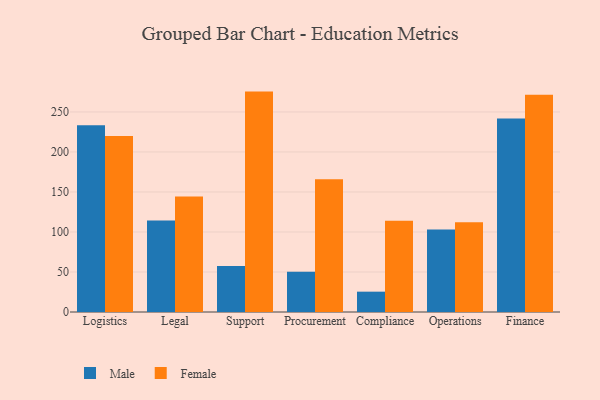
{"axis": {"x": "Department", "y": "Page Views"}, "legend": ["Female", "Male"], "data": [{"x": "Logistics", "y": 233.4, "type": "Male"}, {"x": "Logistics", "y": 220.0, "type": "Female"}, {"x": "Legal", "y": 114.2, "type": "Male"}, {"x": "Legal", "y": 144.4, "type": "Female"}, {"x": "Support", "y": 57.6, "type": "Male"}, {"x": "Support", "y": 275.4, "type": "Female"}, {"x": "Procurement", "y": 50.4, "type": "Male"}, {"x": "Procurement", "y": 165.8, "type": "Female"}, {"x": "Compliance", "y": 25.4, "type": "Male"}, {"x": "Compliance", "y": 113.9, "type": "Female"}, {"x": "Operations", "y": 103.1, "type": "Male"}, {"x": "Operations", "y": 112.0, "type": "Female"}, {"x": "Finance", "y": 241.7, "type": "Male"}, {"x": "Finance", "y": 271.4, "type": "Female"}]}